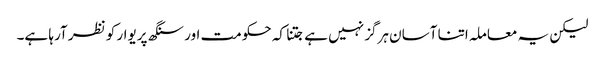
لیکن یہ معاملہ اتنا آسان ہرگز نہیں ہے جتنا کہ حکومت اور سنگھ پریوار کو نظر آرہا ہے۔